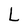
Character: L